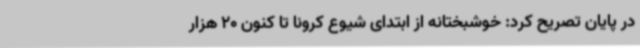
در پایان تصریح کرد: خوشبختانه از ابتدای شیوع کرونا تا کنون 20 هزار